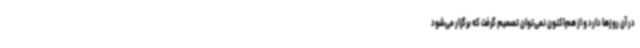
در آن روزها دارد و از هم‌اکنون نمی‌توان تصمیم گرفت که برگزار می‌شود